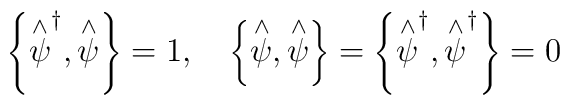
\left\{ \stackrel{\wedge }{\psi }^{\dagger },\stackrel{\wedge }{\psi }\right\} =1,\quad\left\{ \stackrel{\wedge }{\psi },\stackrel{\wedge }{\psi }\right\} =\left\{ \stackrel{\wedge }{\psi }^{\dagger },\stackrel{\wedge }{\psi }^{\dagger }\right\} =0